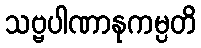
သဗ္ဗပါဏာနုကမ္ပတိ